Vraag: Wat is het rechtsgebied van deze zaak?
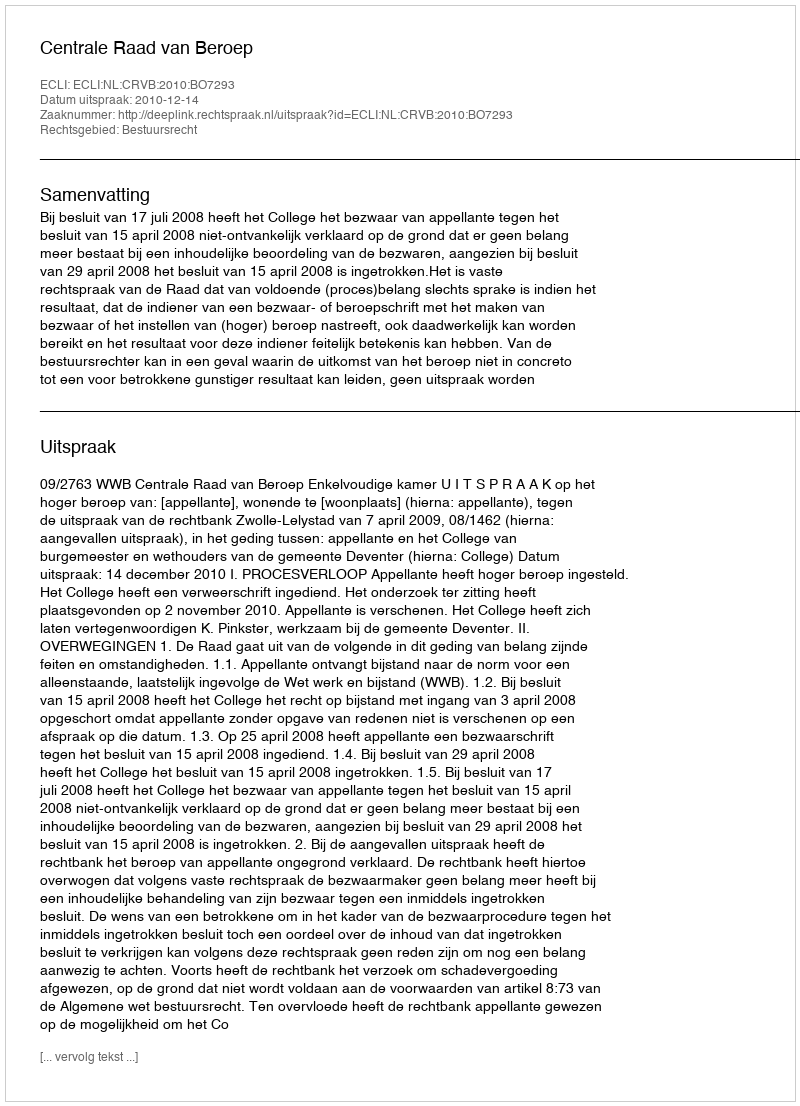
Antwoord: Bestuursrecht